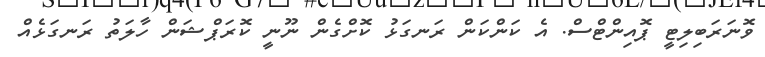
ވޮނަރަބިލިޓީ ޕޮއިންޓްސް. އެ ކަންކަން ރަނގަޅު ކޮށްގެން ނޫނީ ކޮރަޕްޝަން ހާލަތު ރަނގަޅެއް